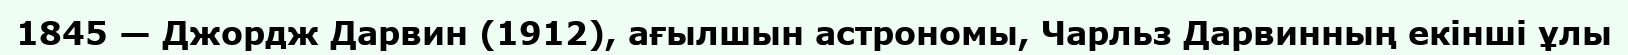
1845 — Джордж Дарвин (1912), ағылшын астрономы, Чарльз Дарвинның екінші ұлы